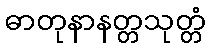
ဓာတုနာနတ္တသုတ္တံ